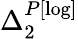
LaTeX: \Delta_{2}^{P[\log]}